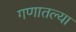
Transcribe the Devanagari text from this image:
गणातल्या